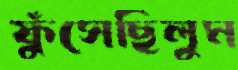
ফুঁসেছিলুম